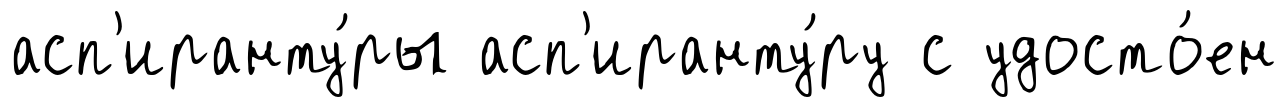
асп'иранту́ры асп'иранту́ру с удосто́ен